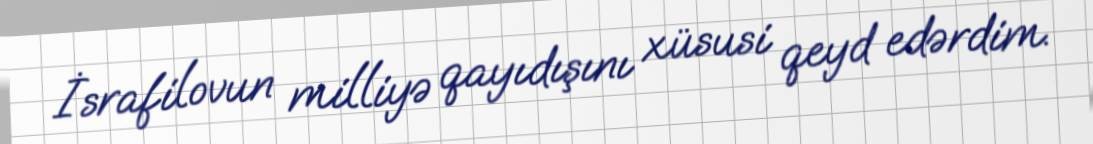
İsrafilovun milliyə qayıdışını xüsusi qeyd edərdim.